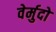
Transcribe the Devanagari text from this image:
वेर्मुदो